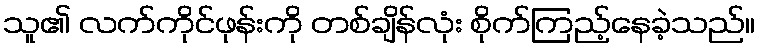
သူ၏ လက်ကိုင်ဖုန်းကို တစ်ချိန်လုံး စိုက်ကြည့်နေခဲ့သည်။